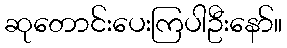
ဆုတောင်းပေးကြပါဦးနော်။